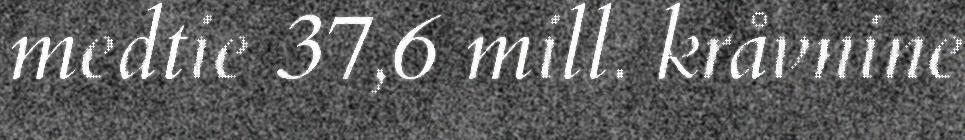
medtie 37,6 mill. kråvnine